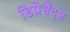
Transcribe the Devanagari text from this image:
डिप्रेसैंट्स